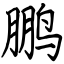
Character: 鹏